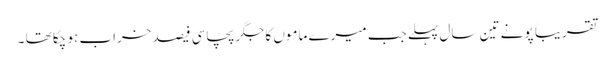
تقریبا ً پونے تین سال پہلے جب میرے ماموں کا جگر پچاسی فیصد خراب ہو چکا تھا ۔